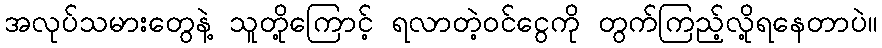
အလုပ်သမားတွေနဲ့ သူတို့ကြောင့် ရလာတဲ့ဝင်ငွေကို တွက်ကြည့်လို့ရနေတာပဲ။